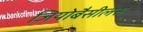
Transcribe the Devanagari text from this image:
जियोबैसीलस